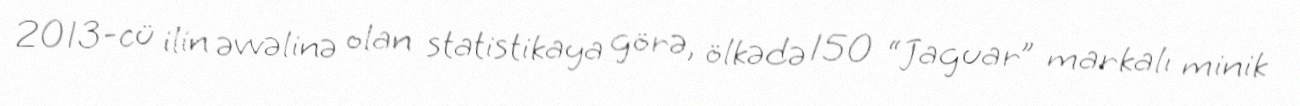
2013-cü ilin əvvəlinə olan statistikaya görə, ölkədə 150 “Jaguar” markalı minik